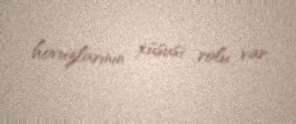
hovuzlarının xüsusi rolu var.